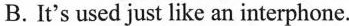
B.It's used just like an interphone.